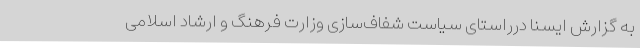
به گزارش ایسنا درراستای سیاست شفاف‌سازی وزارت فرهنگ و ارشاد اسلامی